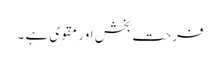
فرحت بخش اور مقوی ہے ۔